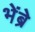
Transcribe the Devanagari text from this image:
भेंब्रे